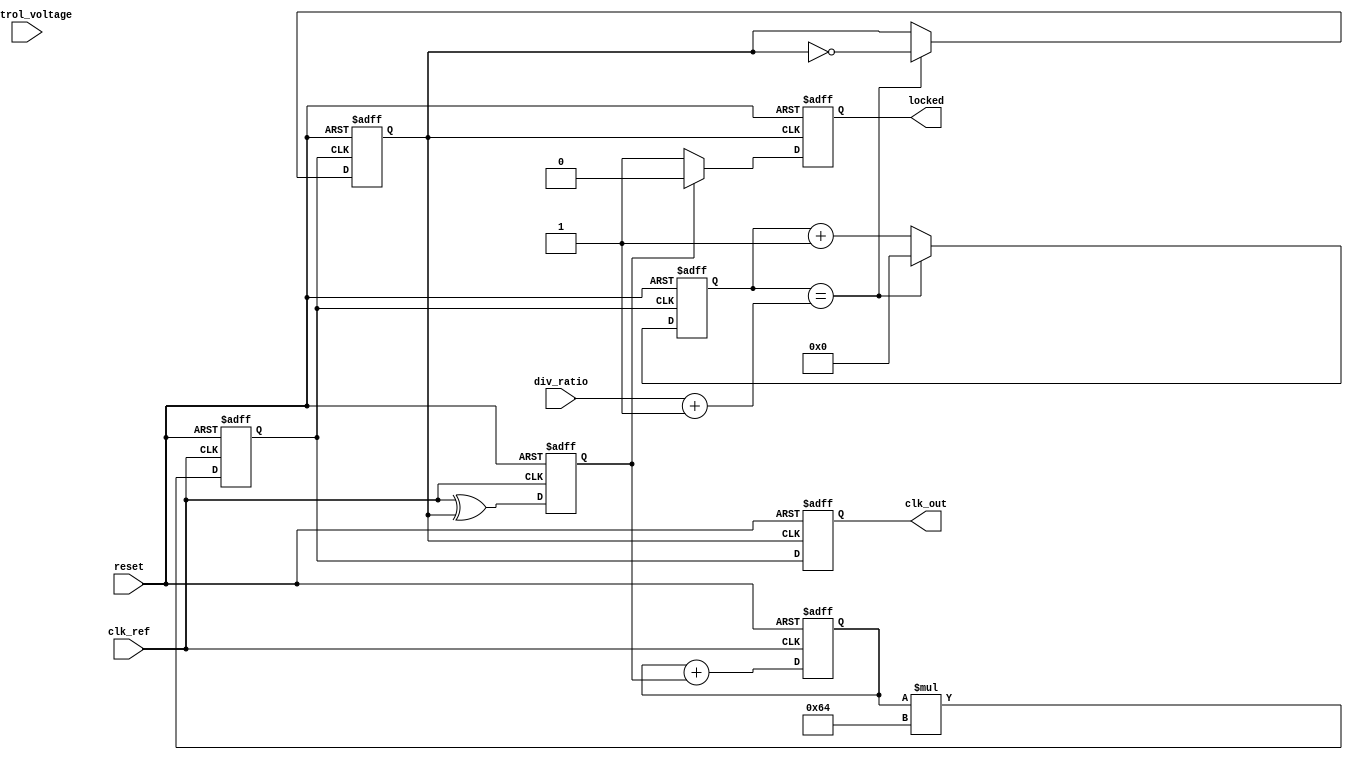
module high_performance_PLL (
    input wire clk_ref,              // Input reference clock
    input wire reset,                // Reset signal
    input wire [1:0] div_ratio,      // Programmable division ratio (00=1, 01=2, 10=4, 11=8)
    input wire [7:0] control_voltage, // Control voltage input for VCO
    output reg clk_out,              // PLL output clock
    output reg locked                // Lock indicator
);

    // Phase Detector output
    reg phase_detector_out;
    
    // Loop Filter output
    reg [7:0] loop_filter_out;
    
    // VCO output
    reg vco_out;
    
    // Feedback Divider output
    reg feedback_clk;
    
    // Internal signals
    reg [3:0] feedback_counter;
    
    // Parameters
    parameter VCO_BASE_FREQ = 100;  // Base frequency in MHz
    parameter CLK_PERIOD = 10;       // Clock period (in ns)

    // Phase Detector (XOR for simplicity)
    always @(posedge clk_ref or posedge reset) begin
        if (reset) begin
            phase_detector_out <= 0;
        end else begin
            phase_detector_out <= clk_ref ^ feedback_clk; // XOR for phase comparison
        end
    end

    // Loop Filter - simple integrator (1st order)
    always @(posedge clk_ref or posedge reset) begin
        if (reset) begin
            loop_filter_out <= 0;
        end else begin
            loop_filter_out <= loop_filter_out + phase_detector_out; // Simple integrator
        end
    end

    // VCO - generating frequency based on control voltage (simple model)
    always @(posedge clk_ref or posedge reset) begin
        if (reset) begin
            vco_out <= 0;
        end else begin
            vco_out <= (loop_filter_out[7:0] * VCO_BASE_FREQ); // Assuming linear frequency control
        end
    end

    // Feedback Divider
    always @(posedge vco_out or posedge reset) begin
        if (reset) begin
            feedback_counter <= 0;
            feedback_clk <= 0;
        end else if (feedback_counter == (div_ratio + 1)) begin
            feedback_counter <= 0;
            feedback_clk <= ~feedback_clk; // Toggle divided clock
        end else begin
            feedback_counter <= feedback_counter + 1;
        end
    end

    // Output Clock Generation
    always @(posedge feedback_clk or posedge reset) begin
        if (reset) begin
            clk_out <= 0;
            locked <= 0;
        end else begin
            clk_out <= vco_out; // Output the VCO clock
            locked <= (phase_detector_out == 0) ? 1 : 0; // Simple lock condition
        end
    end

endmodule